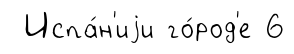
Испа́н'иjи го́род'е 6